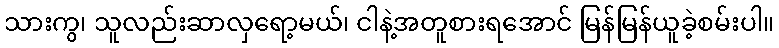
သားကွ၊ သူလည်းဆာလှရော့မယ်၊ ငါနဲ့အတူစားရအောင် မြန်မြန်ယူခဲ့စမ်းပါ။